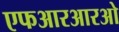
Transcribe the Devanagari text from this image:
एफआरआरओ